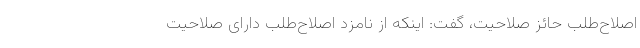
اصلاح‌طلب حائز صلاحیت، گفت: اینکه از نامزد اصلاح‌طلب دارای صلاحیت